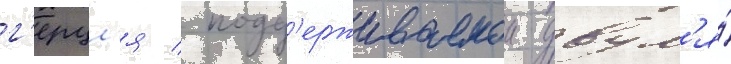
г'ерцл'я / подд'ерживаемои двум'я́